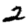
Digit: 2